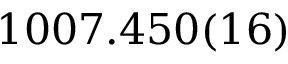
1 0 0 7 . 4 5 0 ( 1 6 )